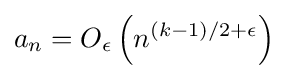
a_{n}=O_{\epsilon }\left(n^{(k-1)/2+\epsilon }\right)